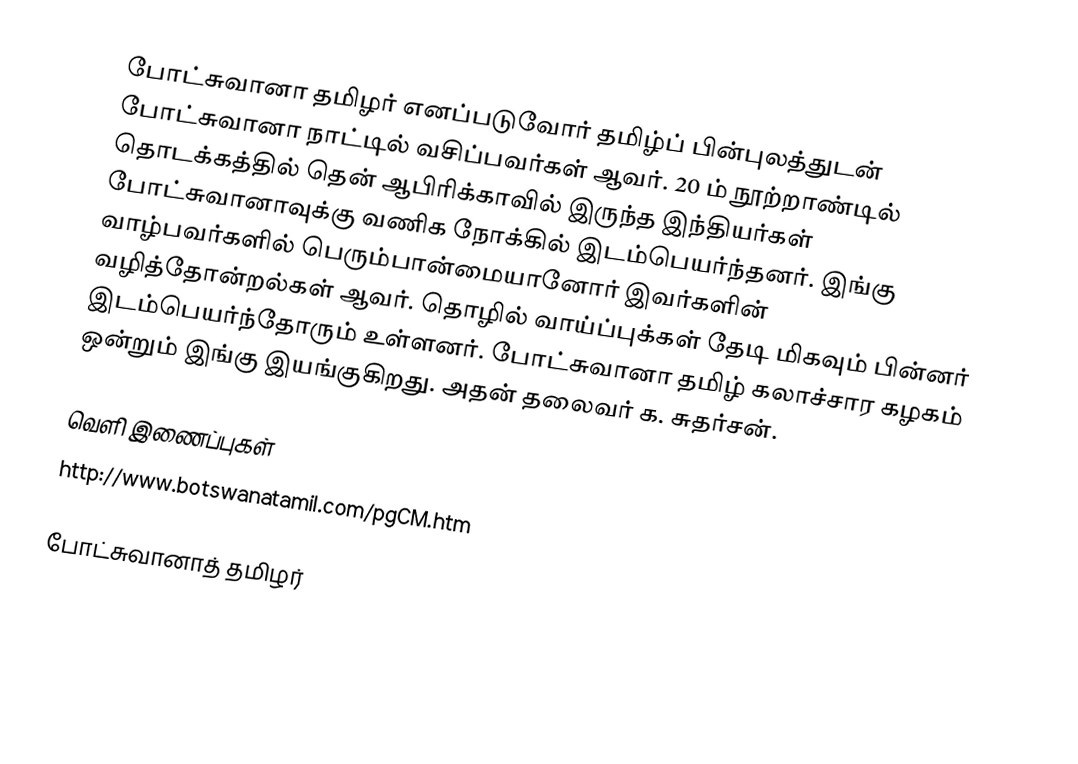
போட்சுவானா தமிழர் எனப்படுவோர் தமிழ்ப் பின்புலத்துடன் போட்சுவானா நாட்டில் வசிப்பவர்கள் ஆவர்.  20 ம் நூற்றாண்டில் தொடக்கத்தில் தென் ஆபிரிக்காவில் இருந்த இந்தியர்கள் போட்சுவானாவுக்கு வணிக நோக்கில் இடம்பெயர்ந்தனர்.  இங்கு வாழ்பவர்களில் பெரும்பான்மையானோர் இவர்களின் வழித்தோன்றல்கள் ஆவர்.  தொழில் வாய்ப்புக்கள் தேடி மிகவும் பின்னர் இடம்பெயர்ந்தோரும் உள்ளனர்.  போட்சுவானா தமிழ் கலாச்சார கழகம் ஒன்றும் இங்கு இயங்குகிறது.  அதன் தலைவர் க. சுதர்சன்.

வெளி இணைப்புகள்
 http://www.botswanatamil.com/pgCM.htm

போட்சுவானாத் தமிழர்